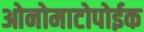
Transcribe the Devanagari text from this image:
ओनोमाटोपोईक